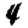
Digit: 4